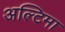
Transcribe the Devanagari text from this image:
अल्टिमा